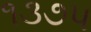
૧૩૭૫